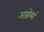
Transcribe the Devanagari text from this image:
आग्नेय्यां